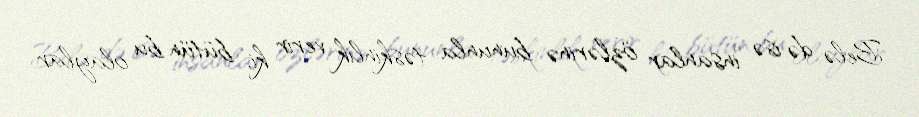
Belə də isə insanlar özlərinə bununla təskinlik verir ki, bütün bu olaylar